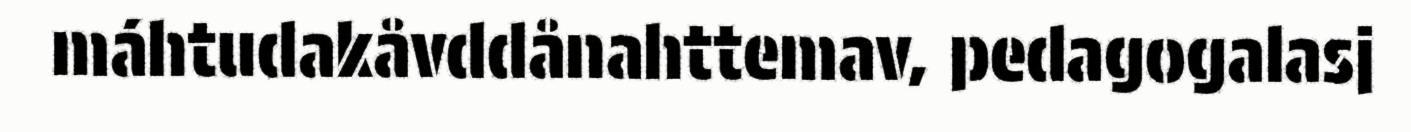
máhtudakåvddånahttemav, pedagogalasj